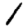
Digit: 1